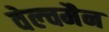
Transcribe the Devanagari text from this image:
वेल्चमैन